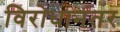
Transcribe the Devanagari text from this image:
विरोधानंतर